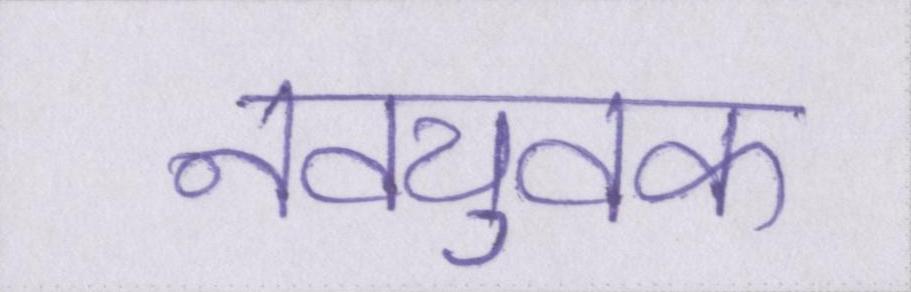
नवयुवक